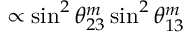
\propto \sin ^ { 2 } \theta _ { 2 3 } ^ { m } \sin ^ { 2 } \theta _ { 1 3 } ^ { m }